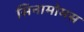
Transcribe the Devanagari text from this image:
सिनामोमस